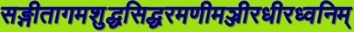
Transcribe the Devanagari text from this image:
सङ्गीतागमशुद्धसिद्धरमणीमञ्जीरधीरध्वनिम्